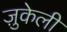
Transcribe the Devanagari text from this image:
ज़ुकेली